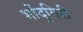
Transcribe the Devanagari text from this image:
भोंदुगिरी